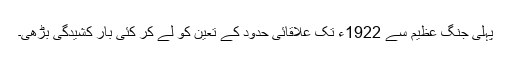
پہلی جنگ عظیم سے 1922ء تک علاقائی حدود کے تعین کو لے کر کئی بار کشیدگی بڑھی۔